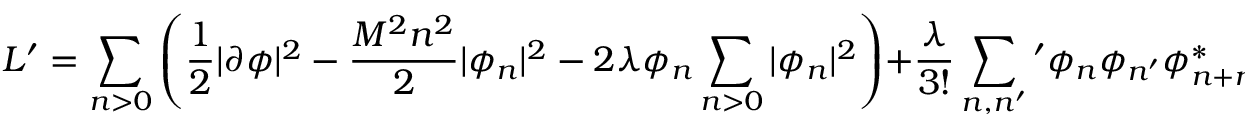
L ^ { \prime } = \sum _ { n > 0 } \left( \frac 1 2 | \partial \phi | ^ { 2 } - \frac { M ^ { 2 } n ^ { 2 } } { 2 } | \phi _ { n } | ^ { 2 } - 2 \lambda \phi _ { n } \sum _ { n > 0 } | \phi _ { n } | ^ { 2 } \right) + \frac { \lambda } { 3 ! } \sum _ { n , n ^ { \prime } } { } ^ { \prime } \phi _ { n } \phi _ { n ^ { \prime } } \phi _ { n + n ^ { \prime } } ^ { * } ,